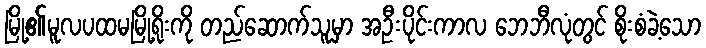
မြို့၏မူလပထမမြို့ရိုးကို တည်ဆောက်သူမှာ အဦးပိုင်းကာလ ဘေဘီလုံတွင် စိုးစံခဲ့သော